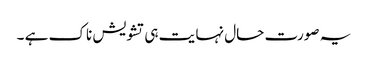
یہ صورت حال نہا یت ہی تشویش ناک ہے ۔